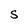
Character: S